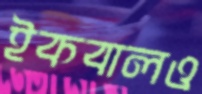
ইকবালও